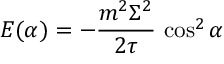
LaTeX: E ( \alpha ) = - { \frac { m ^ { 2 } \Sigma ^ { 2 } } { 2 \tau } } \, \cos ^ { 2 } \alpha